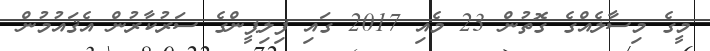
މީގެ މިސާލެއްގެ ގޮތުން 23 މެއި 2017 ގައި ފިލިޕީންގެ ސަރުކާރުން އެޤައުމުން